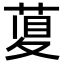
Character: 𦴲